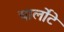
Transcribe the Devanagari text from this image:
चार्लोटे